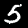
Label: 5